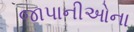
જાપાનીઓના